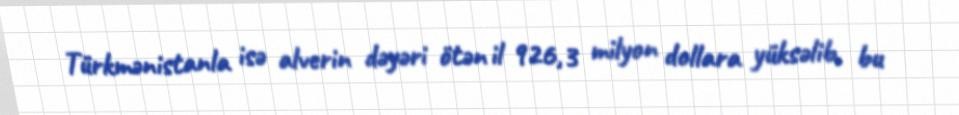
Türkmənistanla isə alverin dəyəri ötən il 926,3 milyon dollara yüksəlib, bu